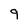
Character: 9